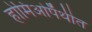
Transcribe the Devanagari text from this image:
होमिओपॅथीत